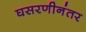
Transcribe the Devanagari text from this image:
घसरणीनंतर